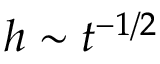
h \sim t ^ { - 1 / 2 }